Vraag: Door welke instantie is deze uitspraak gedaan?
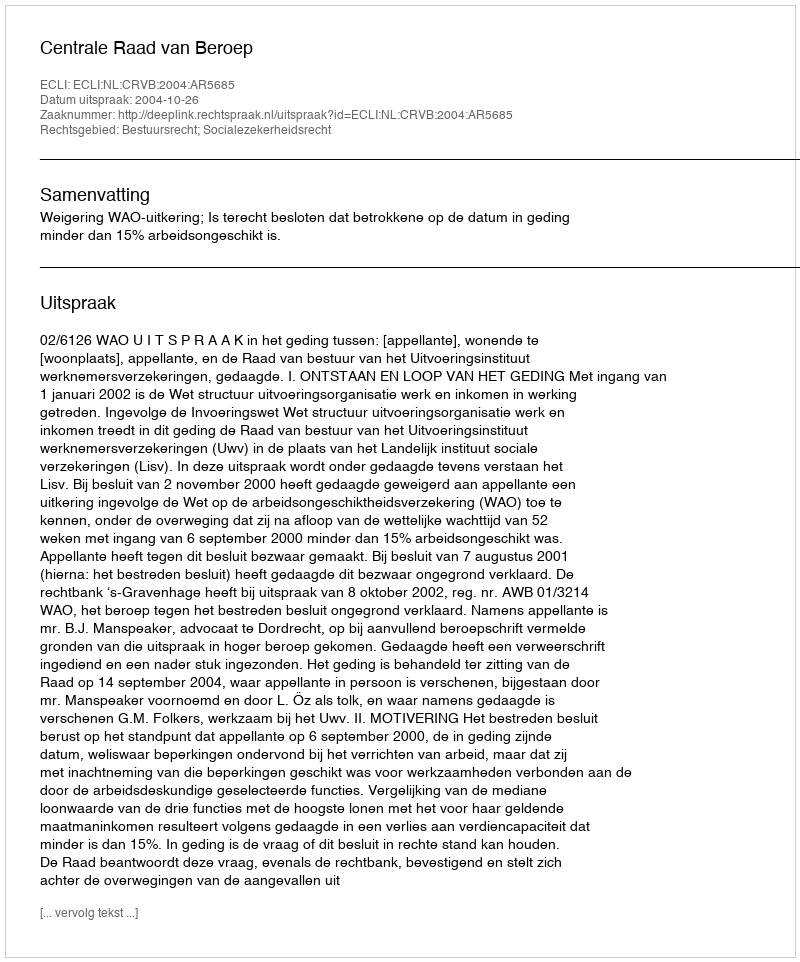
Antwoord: Centrale Raad van Beroep